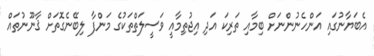
އެބަޔާނުގައި އަންހެނުންނަށް ބިމާއި ތަރިކަ އަދި އިޖުތިމާއީ ވަސީލަތްތަކުގެ މަންފާ ލިބޭނެގޮތަށް ޤާނޫނުތައް